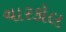
ચારકોલ